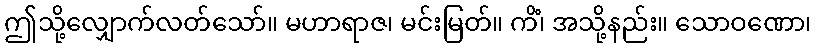
ဤသို့လျှောက်လတ်သော်။ မဟာရာဇ၊ မင်းမြတ်။ ကိံ၊ အသို့နည်း။ သောဝဏော၊